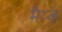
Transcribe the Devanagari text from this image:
मैय्के